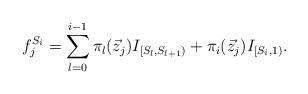
LaTeX: \begin{align*} f^{S_i}_j=\sum_{l=0}^{i-1}\pi_l(\vec{z}_j)I_{[S_l,S_{l+1})}+ \pi_i(\vec {z}_j)I_{[S_i,1)}.\end{align*}